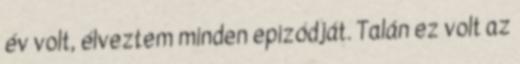
év volt, élveztem minden epizódját. Talán ez volt az